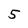
Character: 5